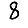
Digit: 8